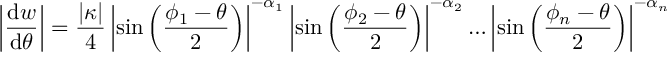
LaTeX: \left\vert \frac { \mathrm { d } w } { \mathrm { d } \theta } \right\vert = \frac { \left\vert \kappa \right\vert } { 4 } \left\vert \sin \left( \frac { \phi _ { 1 } - \theta } { 2 } \right) \right\vert ^ { - \alpha _ { 1 } } \left\vert \sin \left( \frac { \phi _ { 2 } - \theta } { 2 } \right) \right\vert ^ { - \alpha _ { 2 } } \ldots \left\vert \sin \left( \frac { \phi _ { n } - \theta } { 2 } \right) \right\vert ^ { - \alpha _ { n } }